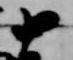
十